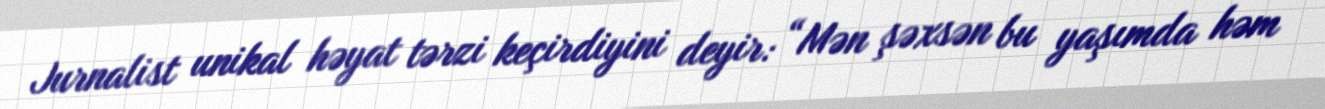
Jurnalist unikal həyat tərzi keçirdiyini deyir: “Mən şəxsən bu yaşımda həm